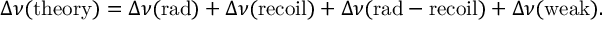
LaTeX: \Delta \nu ( \mathrm { t h e o r y } ) = \Delta \nu ( \mathrm { r a d } ) + \Delta \nu ( \mathrm { r e c o i l } ) + \Delta \nu ( \mathrm { r a d - r e c o i l } ) + \Delta \nu ( \mathrm { w e a k } ) .